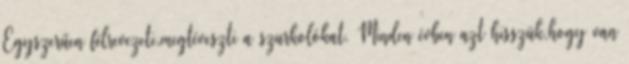
Egyszerűen félrevezeti,megtéveszti a szurkolókat. Minden évben azt hisszük,hogy van